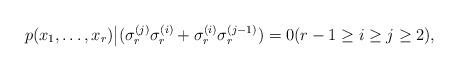
LaTeX: \begin{align*} p(x_1,\ldots,x_r) \big| (\sigma_r^{(j)} \sigma_r^{(i)}+\sigma_r^{(i)}\sigma_r^{(j-1)}) =0 ( r-1\ge i\ge j \ge2),\end{align*}